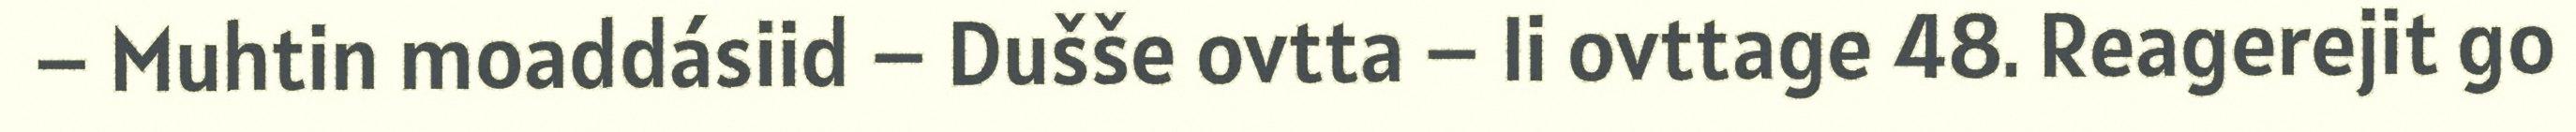
– Muhtin moaddásiid – Dušše ovtta – Ii ovttage 48. Reagerejit go